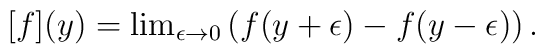
[f](y) = {\rm lim}_{\epsilon \rightarrow 0} \left( f(y+\epsilon) - f(y-\epsilon)\right).